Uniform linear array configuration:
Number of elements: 8
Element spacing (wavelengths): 0.25
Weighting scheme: exponential
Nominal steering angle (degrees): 60
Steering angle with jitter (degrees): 59.557
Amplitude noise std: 0.05
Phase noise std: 0.05

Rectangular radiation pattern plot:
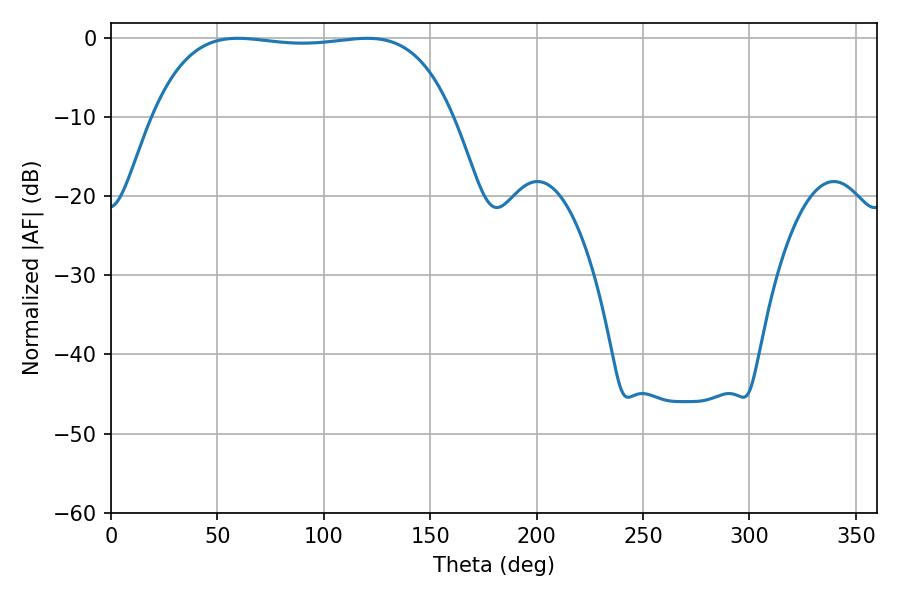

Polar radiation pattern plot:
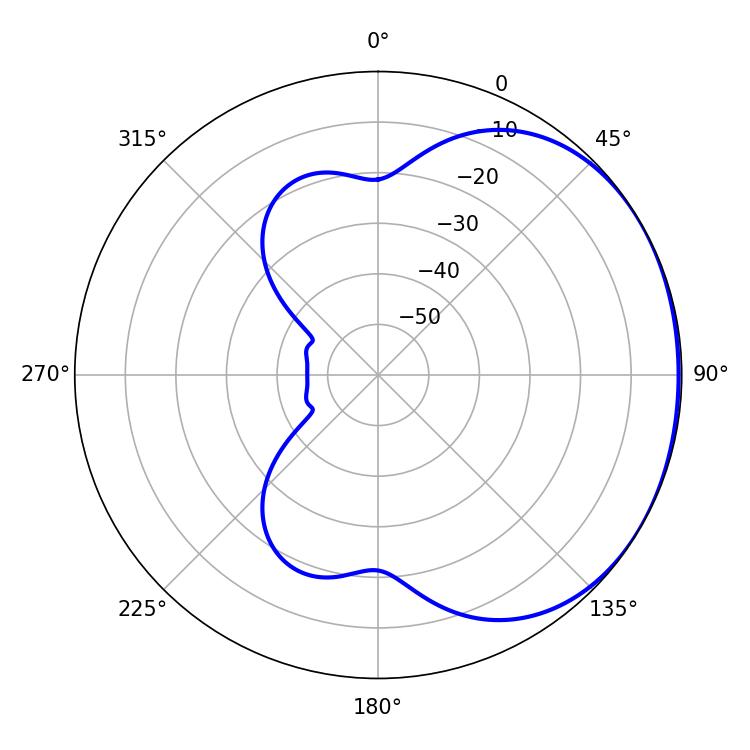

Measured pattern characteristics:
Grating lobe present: FALSE
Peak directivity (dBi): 1.096
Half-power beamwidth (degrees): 111.6
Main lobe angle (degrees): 59.58